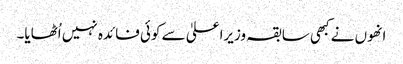
انھوں نے کبھی سابقہ وزیراعلیٰ سے کوئی فائدہ نہیں اُٹھایا۔